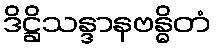
ဒိဋ္ဌိသန္ဒာနဗန္ဓိတံ